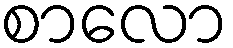
စာလော